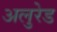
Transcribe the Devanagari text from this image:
अलुरेड